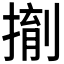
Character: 𪮌